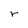
Character: r